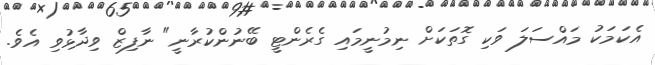
އެކަމަކު މައްސަލަ ވަކި ގޮތަކަށް ނިމުނީމައި ގެރެންޓީ ބޭނުންކުރާނީ" ނާފިޒް ވިދާޅުވި އެވެ.